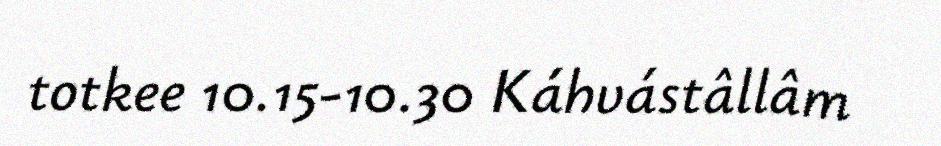
totkee 10.15-10.30 Káhvástâllâm